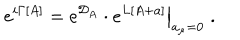
e ^ { i \Gamma [ A ] } = \left. e ^ { { \cal D } _ { A } } \cdot e ^ { L [ A + a ] } \right\vert _ { a _ { \mu } = 0 } \; .